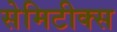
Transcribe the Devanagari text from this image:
सेमिटीक्स